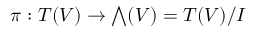
\pi : T ( V ) \to { \textstyle \bigwedge } ( V ) = T ( V ) / I